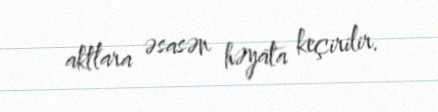
aktlara əsasən həyata keçirilir.